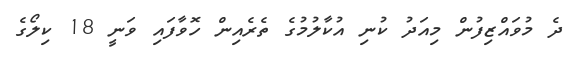
ދެ މުވައްޒިފުން މިއަދު ކުނި އުކާލުމުގެ ތެރެއިން ހޮވާފައި ވަނީ 18 ކިލޯގެ